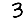
Digit: 3